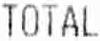
TOTAL